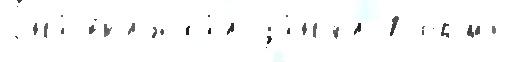
она́ вкл'юча́л за́н'ял П'ермь